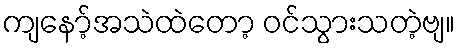
ကျနော့်အသဲထဲတော့ ဝင်သွားသတဲ့ဗျ။